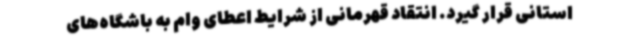
استانی قرار گیرد. انتقاد قهرمانی از شرایط اعطای وام به باشگاه‌های